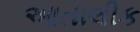
આતાલીક